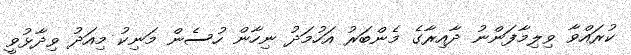
ކުރައްވާ ވިލިމާފަންނު ދާއިރާގެ މެންބަރު އަހުމަދު ނިހާން ހުސެން މަނިކު މިއަދު ވިދާޅުވީ